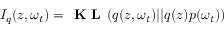
I _ { q } ( \boldsymbol { z } , \omega _ { t } ) = \textbf { K L } ( q ( \boldsymbol { z } , \omega _ { t } ) | | q ( \boldsymbol { z } ) p ( \omega _ { t } ) )